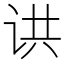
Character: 䜤